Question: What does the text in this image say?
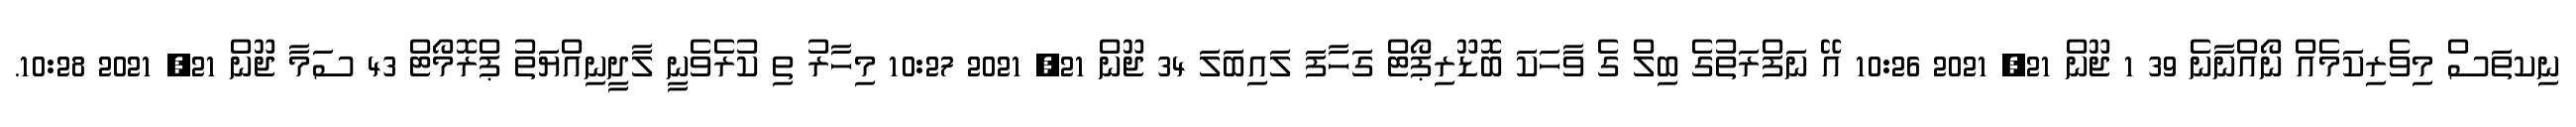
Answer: ނިކތަސް މިވެރިކަމެއް ނޯއްނާނެ 39 1 ޖޫން 21, 2021 10:26 އޭ ނަފްރަތުގެ ބިލް ގެ ވާހަކަ ބޮޑޫރިޕޯޓް ގަހާފަ ލައިބަލަ 34 ޖޫން 21, 2021 10:27 މިހާރު ތި ކުރެވެނީ ލާދީނިއްޔަތު ޕްރޮމޯޓް 43 ސަމާ ޖޫން 21, 2021 10:28.